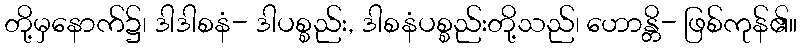
တို့မှနောက်၌၊ ဒါဒါစနံ- ဒါပစ္စည်း, ဒါစနံပစ္စည်းတို့သည်၊ ဟောန္တိ- ဖြစ်ကုန်၏။